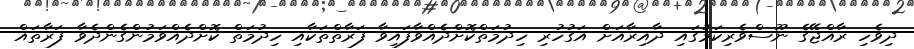
ދިވެހި ރާއްޖޭގެ ނޫސްވެރިކަމުގައި ދާއިރާއަށް އަގުހުރި ހިދުމަތްކޮށްދެއްވާފައިވާ ފަރާތްތަކާއި ހިދުމަތް ކޮށްދެއްވަމުންގެންދެވާ ފަރާތައް